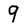
Character: 9